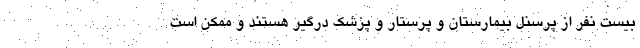
بیست نفر از پرسنل بیمارستان و پرستار و پزشک درگیر هستند و ممکن است